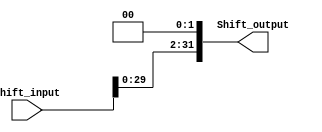
module LeftShifter #(
    parameter Shifter_input_Width  = 'd32,
              Shifter_output_Width = 'd32
) (
    input  wire [Shifter_input_Width-1:0]         Shift_input,
    output wire [Shifter_output_Width-1:0]        Shift_output
);

assign  Shift_output = Shift_input << 2;
   
endmodule